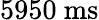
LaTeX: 5950~\mathrm{ms}